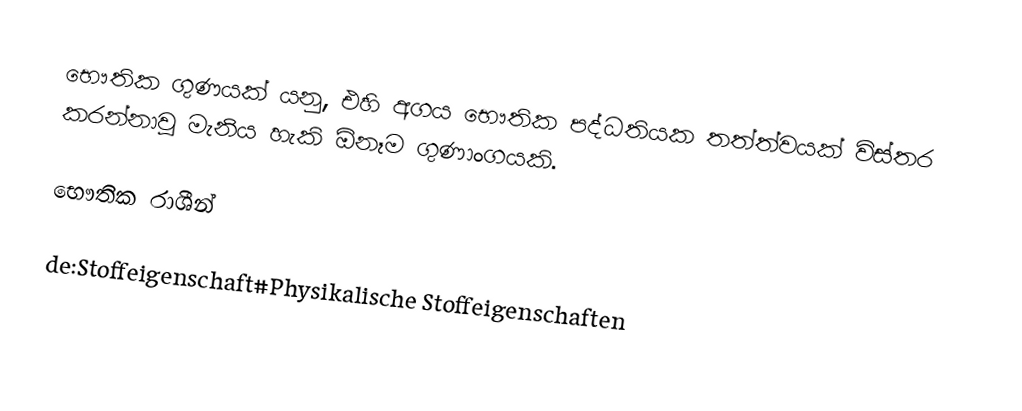
භෞතික ගුණයක් යනු,  එහි අගය භෞතික පද්ධතියක තත්ත්වයක් විස්තර කරන්නාවූ මැනිය හැකි ඕනෑම  ගුණාංගයකි.

භෞතික රාශීන්

de:Stoffeigenschaft#Physikalische Stoffeigenschaften